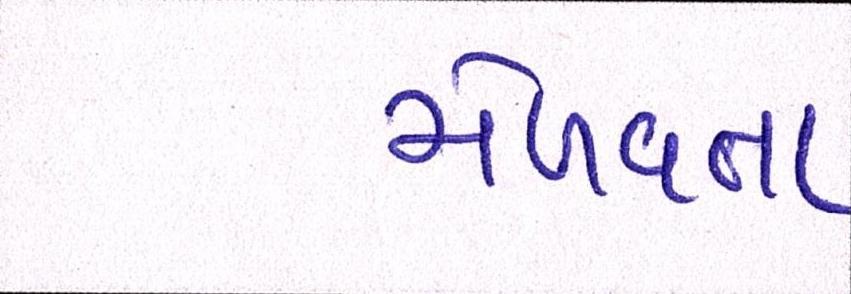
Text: મેળવતા